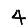
Digit: 4